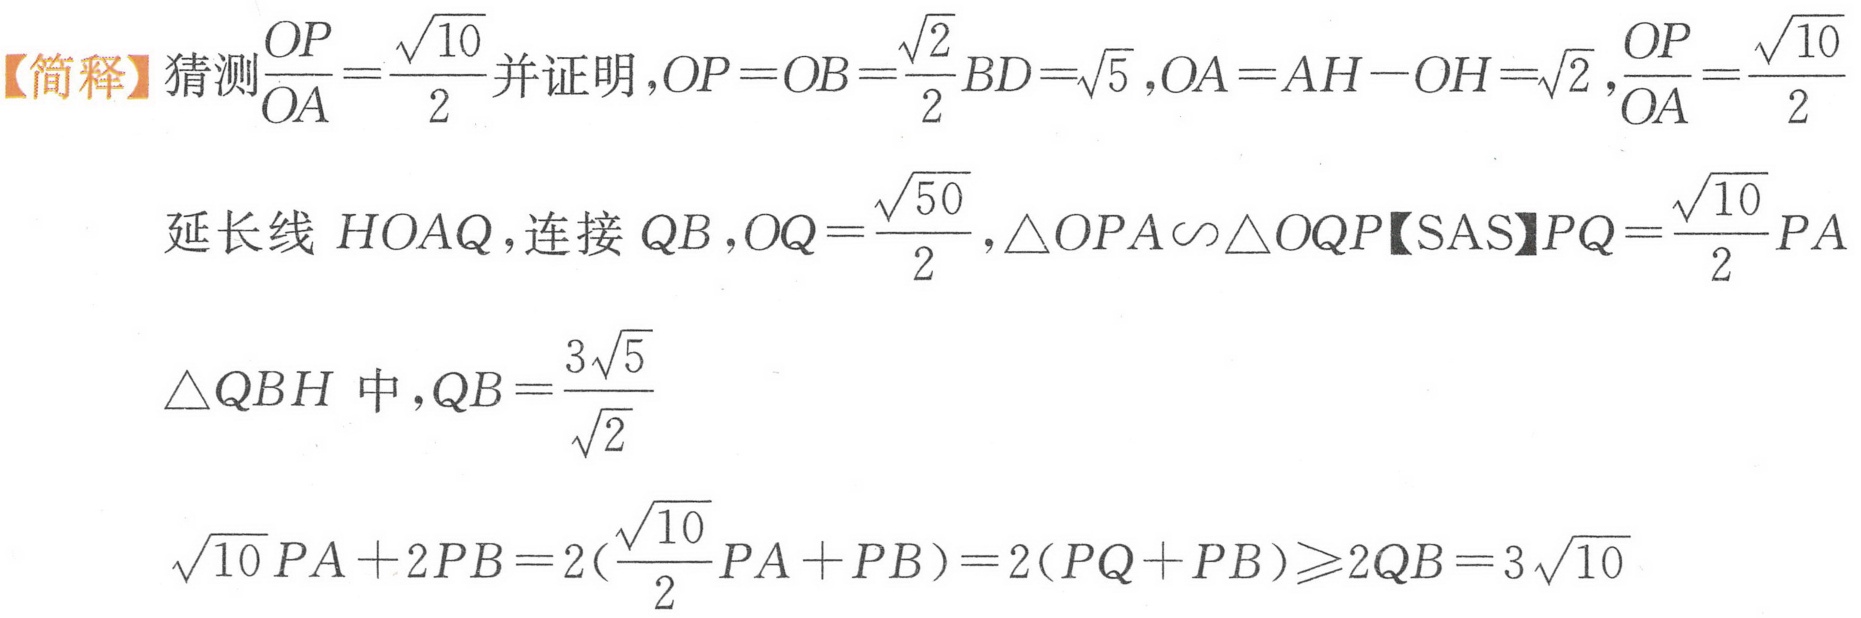
【简释】猜测\(\frac{OP}{OA}=\frac{\sqrt{10}}{2}\)并证明，\(OP = OB=\frac{\sqrt{2}}{2}BD=\sqrt{5}\)，\(OA = AH - OH=\sqrt{2}\)，\(\frac{OP}{OA}=\frac{\sqrt{10}}{2}\)
延长线 \(HOAQ\)，连接 \(QB\)，\(OQ=\frac{\sqrt{50}}{2}\)，\(\triangle OPA\sim\triangle OQP\)【SAS】\(PQ=\frac{\sqrt{10}}{2}PA\)
\(\triangle QBH\) 中，\(QB = \frac{3\sqrt{5}}{\sqrt{2}}\)
\(\sqrt{10}PA + 2PB=2(\frac{\sqrt{10}}{2}PA + PB)=2(PQ + PB)\geqslant2QB = 3\sqrt{10}\)